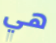
هي